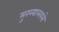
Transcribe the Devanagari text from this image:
मुख्यालयसे